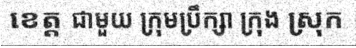
ខេត្ត ជាមួយ ក្រុមប្រឹក្សា ក្រុង ស្រុក